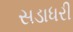
સડાધરી